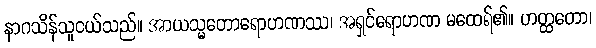
နာဂသိန်သူငယ်သည်။ အာယသ္မတောရောဟဏဿ၊ အရှင်ရောဟဏ မထေရ်၏။ ဟတ္ထတော၊